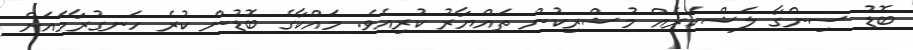
ބޮޑު ސިންގާ ލަޝްކަރެއް މުޝްރިކުން ތައްޔާރު ކުރިއެވެ. މައްކާގެ ބޮޑުން ކުރެ ހަނގުރާމައަށް